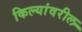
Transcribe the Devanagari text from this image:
किल्यांवरील